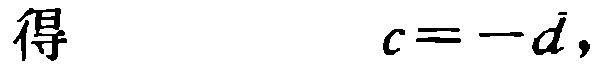
得 \[ c = -d, \]